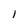
Character: 1